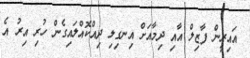
އައިރީން ފާޒިލް އާއި ދިމާއަށް އިނގިލި ދިއްކޮއްލައިގެން ހުރި އިރު އެ